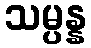
သမ္ပန္န